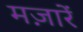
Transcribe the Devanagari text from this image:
मज़ारें